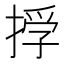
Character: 𢰏